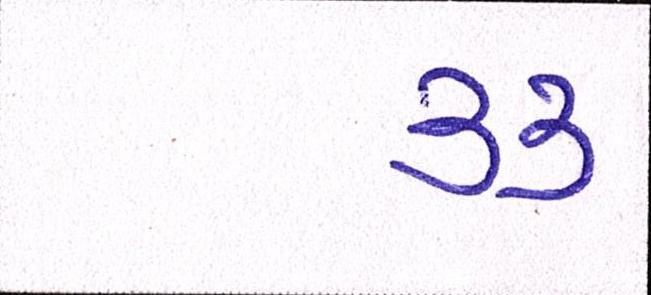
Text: ૩૩